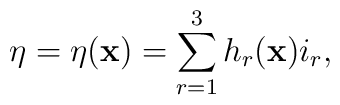
\eta = \eta({\bf x}) = \sum_{r=1}^3 h_r ({\bf x})i_r ,